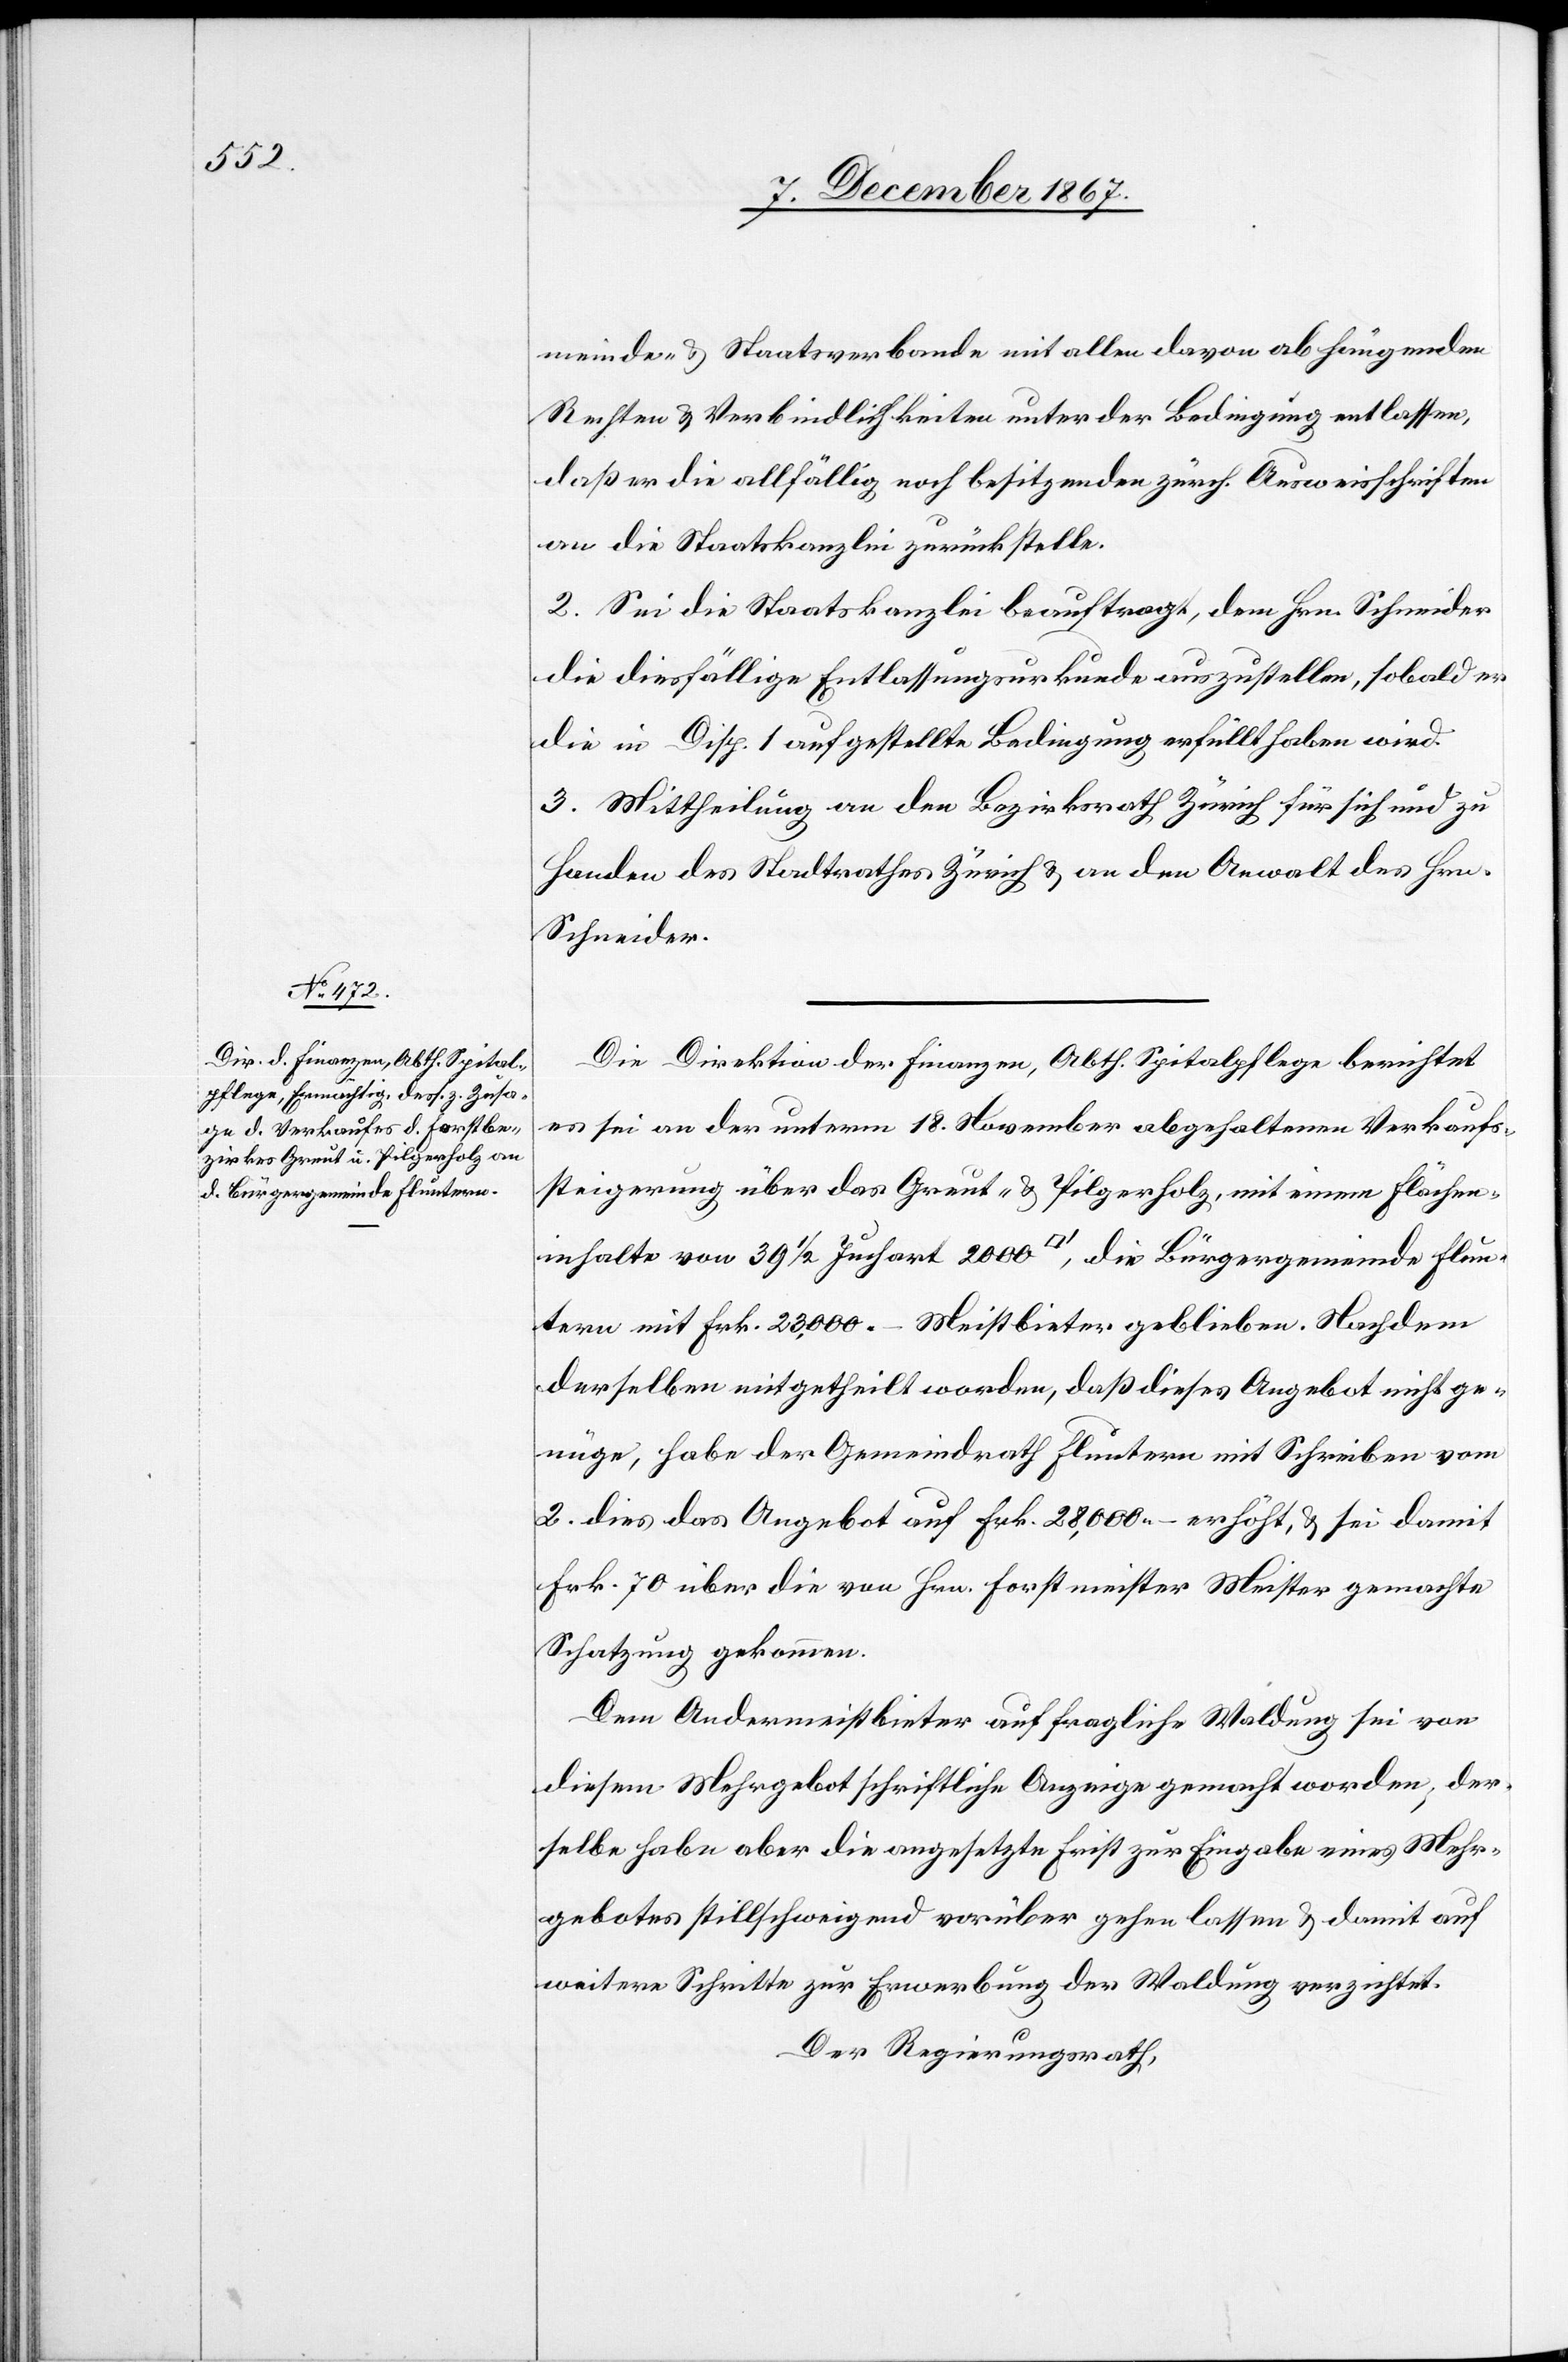
meinde- u. Staatsverbande mit allen davon abhängenden
Rechten u. Verbindlichkeiten unter der Bedingung entlassen,
daß er die allfällig noch besitzenden zürch. Ausweisschriften
an die Staatskanzlei zurückstelle.
2. Sei die Staatskanzlei beauftragt, dem Hrn. Schneider
die diesfällige Entlassungskurkunde auszustellen, sobald er
die in Disp. 1 aufgestellte Bedingung erfüllt haben wird.
3. Mittheilung an den Bezirksrath Zürich für sich und zu
Handen des Stadtrathes Zürich u. an den Anwalt des Hrn.
Schneider.
Die Direktion der Finanzen, Abth. Spitalpflege, berichtet
es sei an der unterm 18. November abgehaltenen Verkaufs¬
steigerung über das Greut- u. Pilgerholz, mit einem Flächen¬
inhalte von 39 1/2 Juchart 2000 [Quadratfuß], die Bürgergemeinde Flun¬
tern mit Frk. 23 000.– Meistbieter geblieben. Nachdem
derselben mitgetheilt worden, daß dieses Angebot nicht ge¬
nüge, habe der Gemeindrath Fluntern mit Schreiben vom
2. dies das Angebot auf Frk. 28 000.– erhöht, u. sei damit
Frk. 70 über die von Hrn. Forstmeister Meister gemachte
Schatzung gekommen.
Dem Andermeistbieter auf fragliche Waldung sei von
diesem Mehrgebot schriftliche Anzeige gemacht worden, der¬
selbe habe aber die angesetzte Frist zur Eingabe eines Mehr¬
gebotes stillschweigend vorüber gehen lassen u. damit auf
weitere Schritte zur Erwerbung der Waldung verzichtet.
Der Regierungsrath,